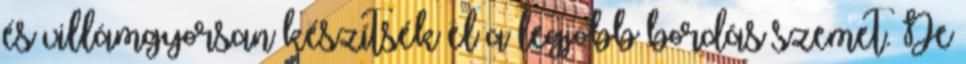
és villámgyorsan készítsék el a legjobb bordás szemet. De